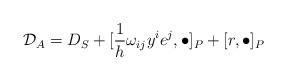
LaTeX: \begin{align*}{\cal{D}}_{A} = D_{S} + [\frac{1}{h}\omega_{ij}y^{i}e^{j},\bullet]_{P} + [r,\bullet]_{P}\end{align*}